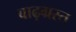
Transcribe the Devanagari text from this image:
बाढ़ग्रस्‍त